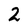
Character: 2